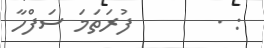
: .       ފުރަތަމަ ސަފްހާ